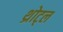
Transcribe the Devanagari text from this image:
थ्रोट्ल